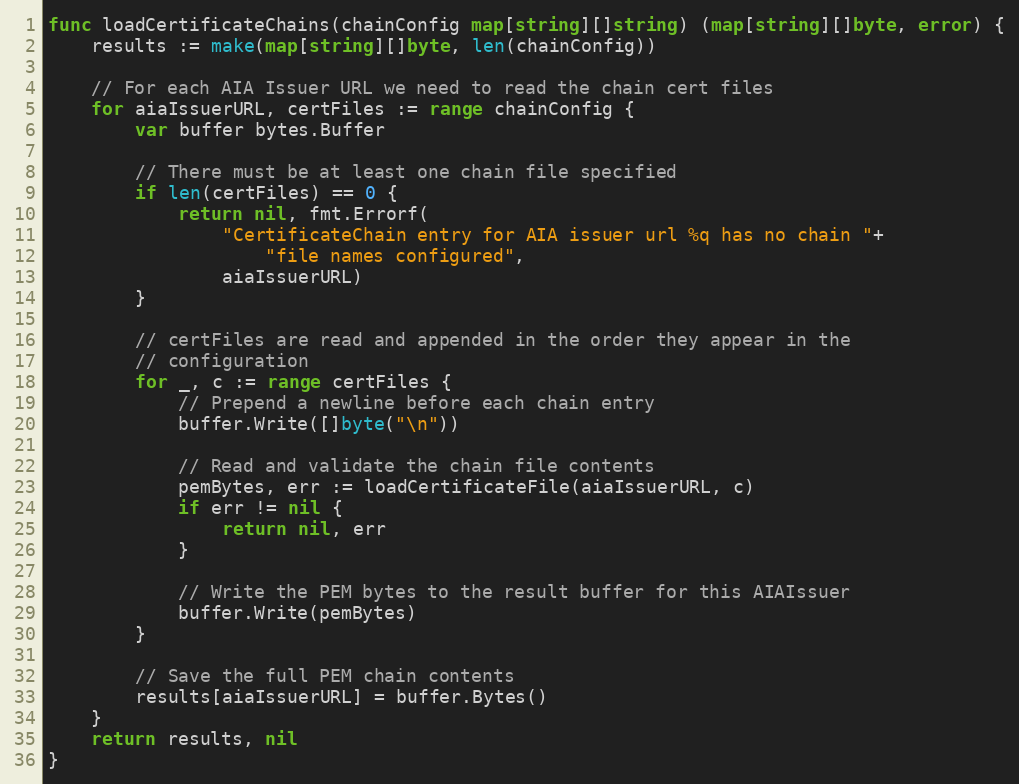
Language: Go
func loadCertificateChains(chainConfig map[string][]string) (map[string][]byte, error) {
	results := make(map[string][]byte, len(chainConfig))

	// For each AIA Issuer URL we need to read the chain cert files
	for aiaIssuerURL, certFiles := range chainConfig {
		var buffer bytes.Buffer

		// There must be at least one chain file specified
		if len(certFiles) == 0 {
			return nil, fmt.Errorf(
				"CertificateChain entry for AIA issuer url %q has no chain "+
					"file names configured",
				aiaIssuerURL)
		}

		// certFiles are read and appended in the order they appear in the
		// configuration
		for _, c := range certFiles {
			// Prepend a newline before each chain entry
			buffer.Write([]byte("\n"))

			// Read and validate the chain file contents
			pemBytes, err := loadCertificateFile(aiaIssuerURL, c)
			if err != nil {
				return nil, err
			}

			// Write the PEM bytes to the result buffer for this AIAIssuer
			buffer.Write(pemBytes)
		}

		// Save the full PEM chain contents
		results[aiaIssuerURL] = buffer.Bytes()
	}
	return results, nil
}